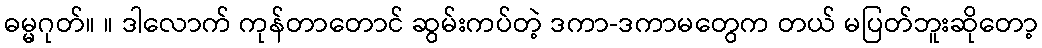
ဓမ္မဂုတ်။ ။ ဒါလောက် ကုန်တာတောင် ဆွမ်းကပ်တဲ့ ဒကာ-ဒကာမတွေက တယ် မပြတ်ဘူးဆိုတော့